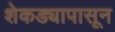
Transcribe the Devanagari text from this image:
शेकड्यापासून